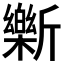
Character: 𫿾